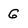
Character: G